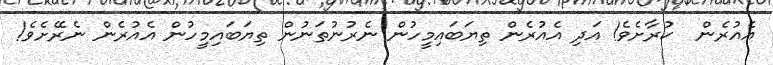
އެއުރެން  ކުރާށެވެ! އަދި އެއުރެން ތިޔަބައިމީހުން ނެރުނުތަނުން ތިޔަބައިމީހުން އެއުރެން ނެރޭށެވެ!